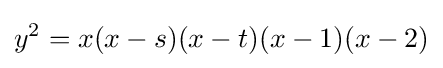
y^{2}=x(x-s)(x-t)(x-1)(x-2)